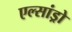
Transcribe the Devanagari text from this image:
एल्‍सांड्रो